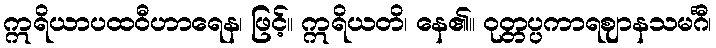
ဣရိယာပထဝီဟာရေန၊ ဖြင့်။ ဣရိယတိ၊ နေ၏။ ဝုတ္တပ္ပကာရဈာနသမင်္ဂီ၊